Report of an investigation of the epidemic of malarial fever in Assam, or, kala-azar
Disease focus: Malaria
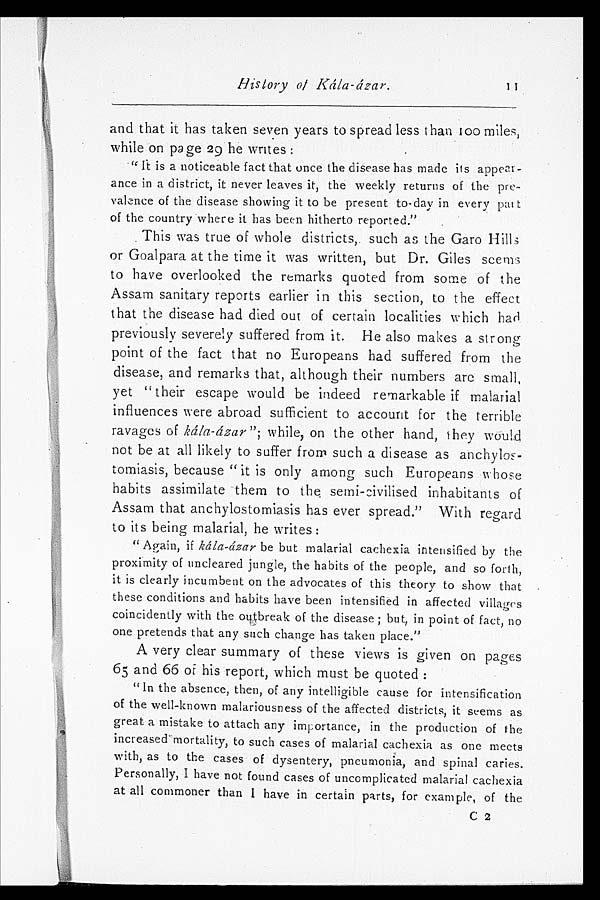
History of Kála-ázar .
and that it has taken seven years to spread less than 100 miles,
while on page 29 he writes:
" It is a noticeable fact that once the disease has made its appear-
ance in a district, it never leaves it, the weekly returns of the pre-
valence of the disease showing it to be present to day in every part
of the country where it has been hitherto reported."
This was true of whole districts, such as the Garo Hills
or Goalpara at the time it was written, but Dr. Giles seems
to have overlooked the remarks quoted from some of the
Assam sanitary reports earlier in this section, to the effect
that the disease had died out of certain localities which had
previously severely suffered from it. He also makes a strong
point of the fact that no Europeans had suffered from the
disease, and remarks that, although their numbers are small,
yet " their escape would be indeed remarkable if malarial
influences were abroad sufficient to account for the terrible
ravages of kála-ázar "; while, on the other hand, they would
not be at all likely to suffer from such a disease as anchylos
tomiasis, because "it is only among such Europeans whose
habits assimilate them to the semi-civilised inhabitants of
Assam that anchylostomiasis has ever spread." With regard
to its being malarial, he writes:
" Again, if kála-ázar be but malarial cachexia intensified by the
proximity of uncleared jungle, the habits of the people, and so forth,
it is clearly incumbent on the advocates of this theory to show that
these conditions and habits have been intensified in affected villages
coincidently with the outbreak of the disease; but, in point of fact, no
one pretends that any such change has taken place."
A very clear summary of these views is given on pages
65 and 66 of his report, which must be quoted:
"In the absence, then, of any intelligible cause for intensification
of the well-known malariousness of the affected districts, it seems as
great a mistake to attach any importance, in the production of the
increased mortality, to such cases of malarial cachexia as one meets
with, as to the cases of dysentery, pneumonia, and spinal caries.
Personally, I have not found cases of uncomplicated malarial cachexia
at all commoner than I have in certain parts, for example, of the
C 2